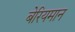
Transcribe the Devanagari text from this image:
बेरियमान